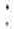
: